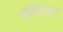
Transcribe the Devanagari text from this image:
पोम्प्लियो